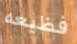
فظيعه